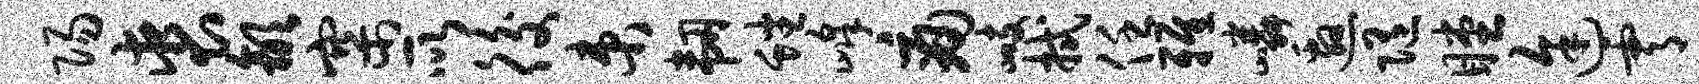
阳裘歙寨所後束韧蟠峰痛峙拭任雅嶙邀随瞠途霄